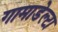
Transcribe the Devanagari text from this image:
गामाडेल्टा